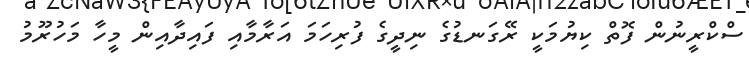
ސްކްރީނުން ފޮތް ކިޔުމަކީ ރޭގަނޑުގެ ނިދީގެ ފުރިހަމަ އަރާމާއި ފައިދާއިން މީހާ މަހުރޫމު